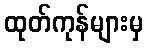
ထုတ်ကုန်များမှ